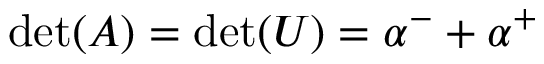
\operatorname* { d e t } ( A ) = \operatorname* { d e t } ( U ) = \alpha ^ { - } + \alpha ^ { + }